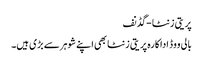
پریتی زنٹا -گڈنف
بالی ووڈ اداکارہ پریتی زنٹا بھی اپنے شوہرسے بڑی ہیں۔